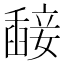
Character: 𥪵